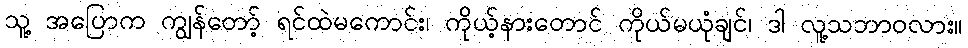
သူ့ အပြောက ကျွန်တော့် ရင်ထဲမကောင်း၊ ကိုယ့်နားတောင် ကိုယ်မယုံချင်၊ ဒါ လူ့သဘာဝလား။